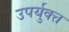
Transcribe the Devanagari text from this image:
उपर्युक्त्त